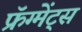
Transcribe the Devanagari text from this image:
फ्रॅग्मेंट्स